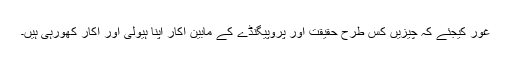
غور کیجئے کہ چیزیں کس طرح حقیقت اور پروپیگنڈے کے مابین آکار اپنا ہیولیٰ اور آکار کھورہی ہیں۔